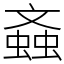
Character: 螡